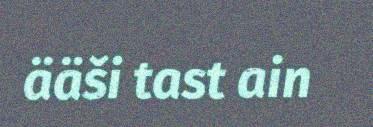
ääši tast ain